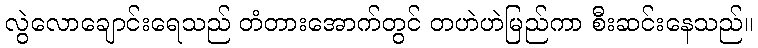
လွဲလောချောင်းရေသည် တံတားအောက်တွင် တဟဲဟဲမြည်ကာ စီးဆင်းနေသည်။